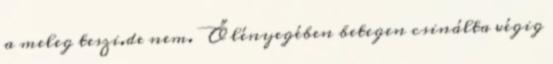
a meleg teszi.de nem. Ő lényegében betegen csinálta végig